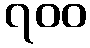
၇၀၀